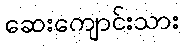
ဆေးကျောင်းသား